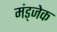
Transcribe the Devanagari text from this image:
मंड्जेक